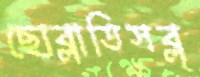
ছোব্‌লাতিসব্ল্